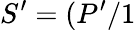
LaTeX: S^{\prime}=(P^{\prime}/1